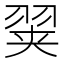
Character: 𰭢